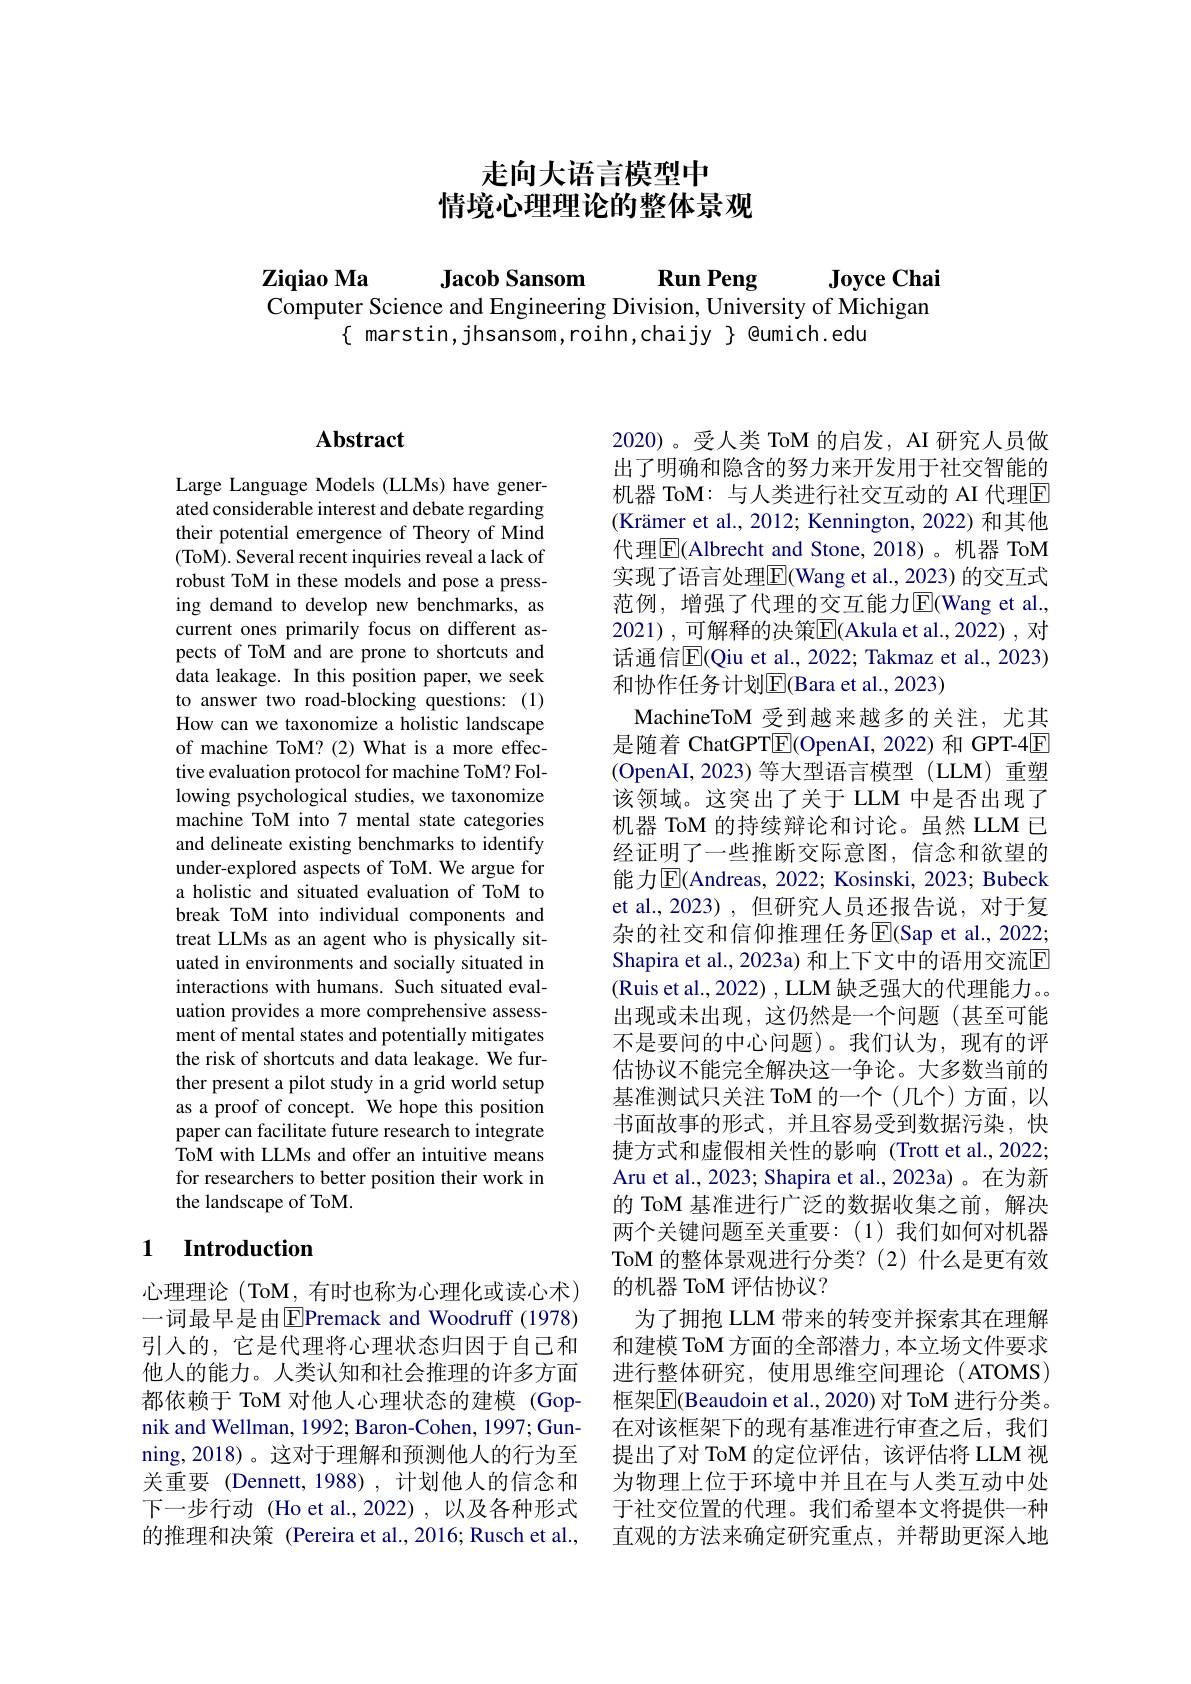
# 走向大语言模型中情境心理理论的整体景观

Jacob Sansom Run Peng

$\mathbf{ZiqiaoMa}$
Joyce Chai
Computer Science and Engineering Division, University of Michigan
$\{$ marstin,jhsansom,roihn,chaijy $\}$ @umich.edu

## Abstract

Large Language Models (LLMs) have generated considerable interest and debate regarding their potential emergence of Theory of Mind (ToM). Several recent inquiries reveal a lack of robust ToM in these models and pose a pressing demand to develop new benchmarks, as current ones primarily focus on different aspects of ToM and are prone to shortcuts and data leakage. In this position paper, we seek to answer two road-blocking questions: (1) How can we taxonomize a holistic landscape of machine ToM?(2)What is a more effective evaluation protocol for machine ToM? Following psychological studies, we taxonomize machine ToM into 7 mental state categories and delineate existing benchmarks to identify under-explored aspects of ToM. We argue for a holistic and situated evaluation of ToM to break ToM into individual components and treat LLMs as an agent who is physically situated in environments and socially situated in interactions with humans. Such situated evaluation provides a more comprehensive assessment of mental states and potentially mitigates the risk of shortcuts and data leakage. We further present a pilot study in a grid world setup as a proof of concept. We hope this position paper can facilitate future research to integrate ToM with LLMs and offer an intuitive means for researchers to better position their work in the landscape of ToM.

### 1 $\textbf{Introduction}$

心理理论(ToM,有时也称为心理化或读心术) 一词最早是由$\overline{\mathrm{E}}$Premack and Woodruff (1978) 引入的，它是代理将心理状态归因于自己和他人的能力。人类认知和社会推理的许多方面都依赖于 ToM 对他人心理状态的建模 (Gopnik and Wellman, 1992; Baron-Cohen, 1997; Gunning,2018)。这对于理解和预测他人的行为至关重要 (Dennett,1988),计划他人的信念和下一步行动 (Ho et al.,2022),以及各种形式的推理和决策 (Pereira et al.,2016; Rusch et al.,

2020)。受人类 ToM 的启发，AI 研究人员做出了明确和隐含的努力来开发用于社交智能的机器 ToM: 与人类进行社交互动的 AI 代理$\overline{\mathrm{E}}$ (Krämer et al., 2012; Kennington, 2022) 和其他代理$\overline{\mathrm{E}}($Albrecht and Stone,2018)。机器 ToM 实现了语言处理$\overline{\mathrm{E}}($Wang et al., 2023) 的交互式范例，增强了代理的交互能力$\overline{\mathrm{E}}($Wang et al., 2021),可解释的决策$\overline{\mathbb{E}}($Akula et al., 2022),对话通信$\overline{\mathbb{E}}($Qiu et al., 2022; Takmaz et al., 2023) 和协作任务计划$\overline{\mathrm{E}}($Bara et al., 2023)
MachineToM 受到越来越多的关注，尤其是随着 ChatGPT$\underline{\mathrm{E}}($OpenAI, 2022) 和 GPT-4E (OpenAI,2023)等大型语言模型 (LLM)重塑该领域。这突出了关于 LLM 中是否出现了机器 ToM 的持续辩论和讨论。虽然 LLM 已经证明了一些推断交际意图，信念和欲望的能力$\overline{\mathrm{E}}($Andreas, 2022; Kosinski, 2023; Bubeck et al.,2023),但研究人员还报告说，对于复杂的社交和信仰推理任务$\overline{\mathrm{E}}($Sap et al., 2022; Shapira et al., 2023a) 和上下文中的语用交流$\overline{\mathrm{E}}$ (Ruis et al., 2022) , LLM 缺乏强大的代理能力。。出现或未出现，这仍然是一个问题(甚至可能不是要问的中心问题)。我们认为，现有的评估协议不能完全解决这一争论。大多数当前的基准测试只关注 ToM 的一个(几个)方面，以书面故事的形式，并且容易受到数据污染，快捷方式和虚假相关性的影响(Trottet al.,2022; Aru et al., 2023; Shapira et al., 2023a)。在为新的 ToM 基准进行广泛的数据收集之前，解决两个关键问题至关重要：(1)我们如何对机器ToM 的整体景观进行分类？(2) 什么是更有效的机器 ToM 评估协议？
为了拥抱 LLM 带来的转变并探索其在理解和建模 ToM 方面的全部潜力，本立场文件要求进行整体研究，使用思维空间理论(ATOMS) 框架$\overline{\mathrm{E}}($Beaudoin et al.,2020) 对 ToM 进行分类。在对该框架下的现有基准进行审查之后，我们提出了对 ToM 的定位评估，该评估将 LLM 视为物理上位于环境中并且在与人类互动中处于社交位置的代理。我们希望本文将提供一种直观的方法来确定研究重点，并帮助更深入地